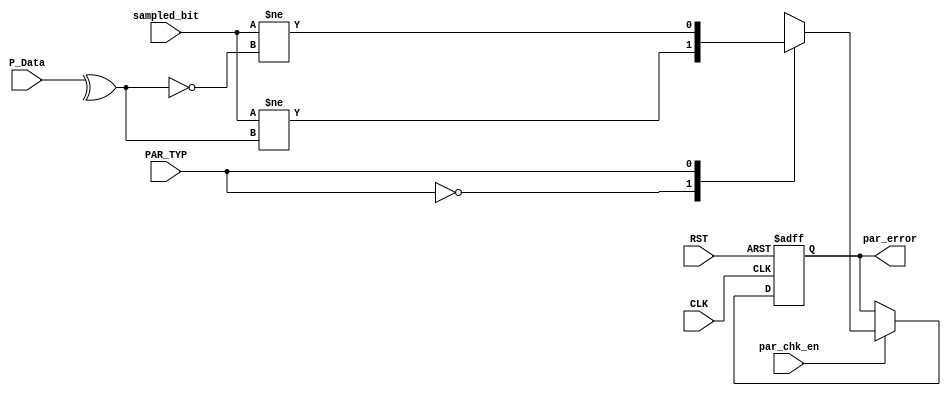
`timescale 1ns / 1ps

//////////////////////////////////////////////////////////////////////////////////
// Diploma: By Eng. Ali Mohamed Eltemsah
// Design Name: DigIC_Dip08_09_UART_RX
// Module Name: parity_check
// Project Name: UART_RX
//////////////////////////////////////////////////////////////////////////////////


module parity_check #(parameter DATA_WIDTH = 8)(
    input   wire                            CLK,
    input   wire                            RST,
    input   wire                            PAR_TYP,
    input   wire                            par_chk_en,
    input   wire                            sampled_bit,
    input   wire    [DATA_WIDTH - 1 : 0]    P_Data,
    output  wire                             par_error
    );

localparam  even = 0,
            odd  = 1; 

reg     par_error_reg, par_error_next;

always @(posedge CLK, negedge RST)
    begin
        if (!RST)
            begin
                par_error_reg <= 0;
            end
        else
            begin
                par_error_reg <= par_error_next;
            end
    end
always @(*)
    begin
        if (par_chk_en)
            begin
                case (PAR_TYP)
                    even:   par_error_next = (sampled_bit != (^P_Data));
                    odd:    par_error_next = (sampled_bit !=  ~(^P_Data));
                endcase
            end
        else
            begin
                par_error_next = par_error_reg;
            end
    end

assign par_error = par_error_reg;
endmodule